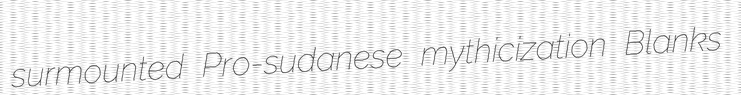
surmounted Pro-sudanese mythicization Blanks